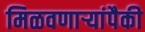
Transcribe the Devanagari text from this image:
मिळवणाऱ्यांपैकी